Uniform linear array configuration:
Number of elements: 12
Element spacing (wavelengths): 0.25
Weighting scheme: blackman
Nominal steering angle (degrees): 60
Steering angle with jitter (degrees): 59.678
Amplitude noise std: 0.05
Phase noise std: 0.05

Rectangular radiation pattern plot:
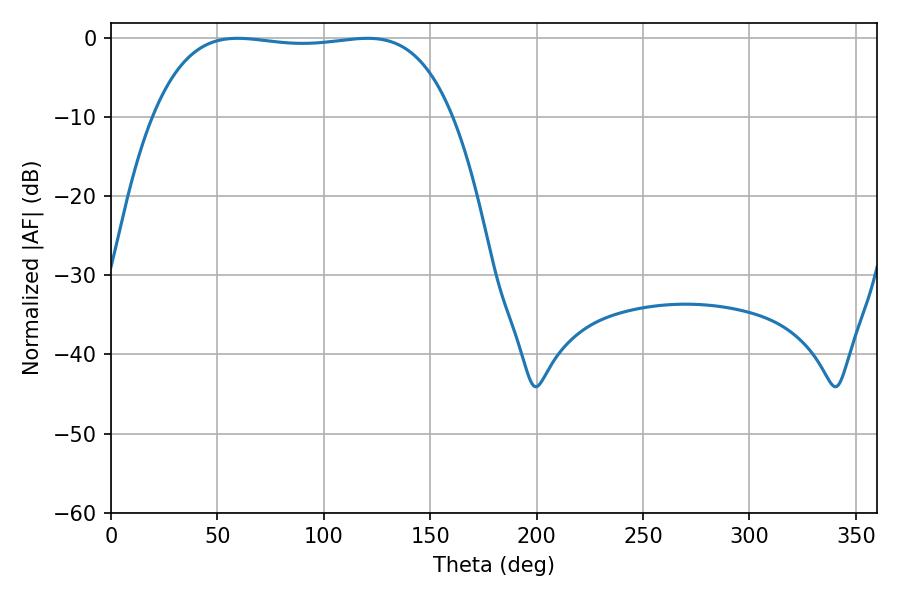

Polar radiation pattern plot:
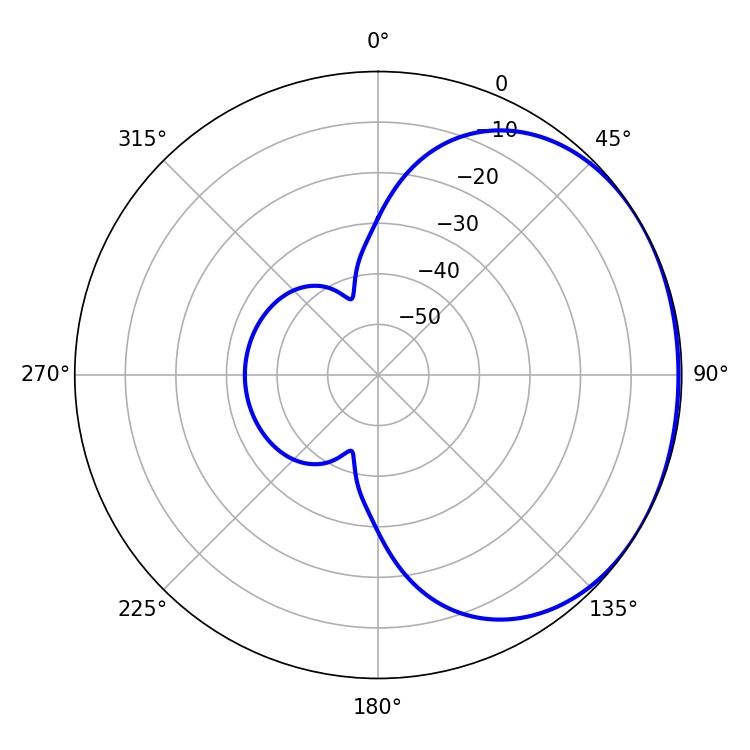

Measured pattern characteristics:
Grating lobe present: FALSE
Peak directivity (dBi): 1.101
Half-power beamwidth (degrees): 111.24
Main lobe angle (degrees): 59.58